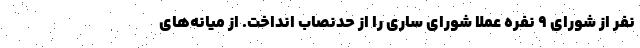
نفر از شورای ۹ نفره عملا شورای ساری را از حدنصاب انداخت. از میانه‌های